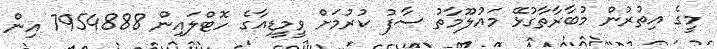
މީގެ އިތުރުން މުބާރާތާގުޅޭ މައުލޫމާތު ސާފު ކުރުމަށް ވީމީޑިއާގެ ހޮޓްލައިން 7954888 އިން